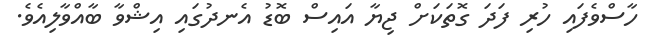
ހާސްވެފައި ހުރި ފަދަ ގޮތަކަށް ޖިޔާ އައިސް ބޮޑު އެނދުގައި އިޝްވާ ބާއްވާލިއެވެ.